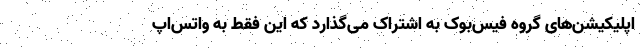
اپلیکیشن‌های گروه فیس‌بوک به اشتراک می‌گذارد که این فقط به واتس‌اپ